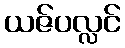
ယဇ်ပလ္လင်